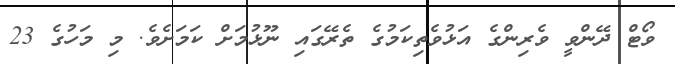
ވޯޓް ދޭންވީ ވެރިންގެ އަޅުވެތިކަމުގެ ތެރޭގައި ނޫޅުމަށް ކަމަށެވެ. މި މަހުގެ 23